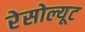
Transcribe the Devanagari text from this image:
रेसोल्यूट